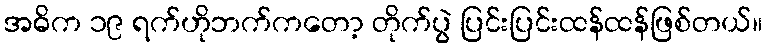
အဓိက ၁၉ ရက်ဟိုဘက်ကတော့ တိုက်ပွဲ ပြင်းပြင်းထန်ထန်ဖြစ်တယ်။